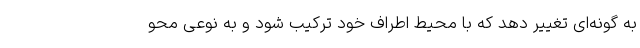
به گونه‌ای تغییر دهد که با محیط اطراف خود ترکیب شود و به نوعی محو